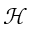
\mathcal { H }